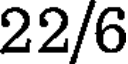
22/6